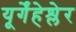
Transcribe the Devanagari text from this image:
यूर्गेंहेश्लेर